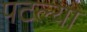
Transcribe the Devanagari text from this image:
पटल्या